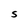
Character: S